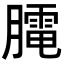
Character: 𦡏